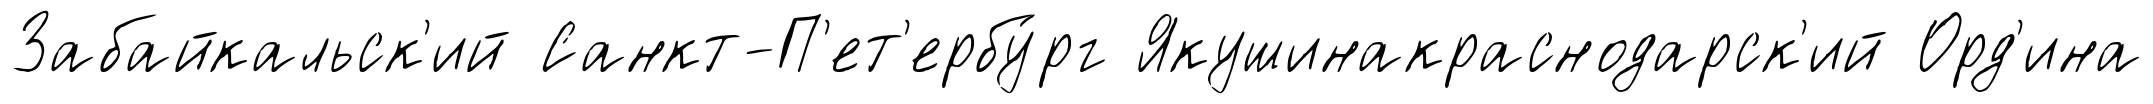
Забайкальск'ий Санкт-П'ет'ербу́рг Якушинакраснодарск'ий Орд'ина